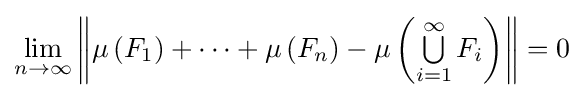
\lim _{n\to \infty }\left\|\mu \left(F_{1}\right)+\cdots +\mu \left(F_{n}\right)-\mu \left(\textstyle \bigcup \limits _{i=1}^{\infty }F_{i}\right)\right\|=0